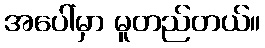
အပေါ်မှာ မူတည်တယ်။